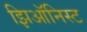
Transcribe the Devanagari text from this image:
झिऑनिस्ट